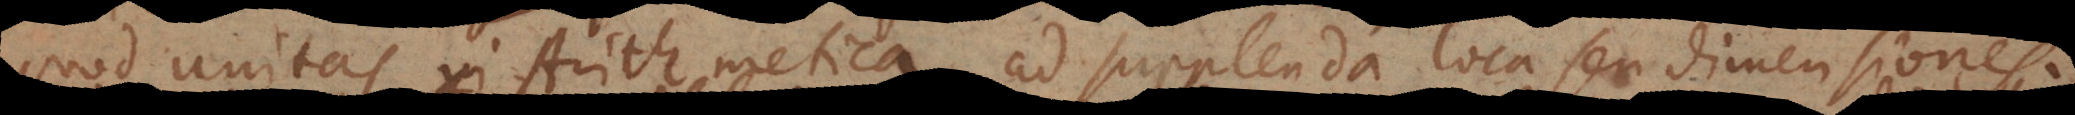
quod unitas in Arithmetica, ad supplenda loca seu dimensiones.